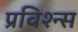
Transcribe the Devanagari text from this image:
प्रविश्न्स